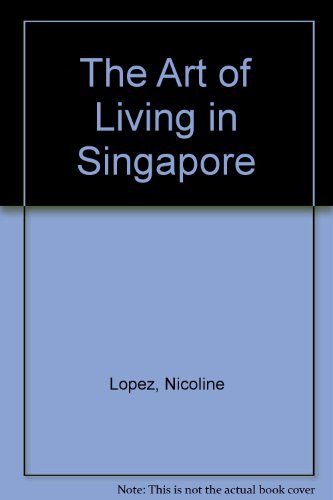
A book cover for The Art of Living in Singapore; Nicolene Lopez; Travel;